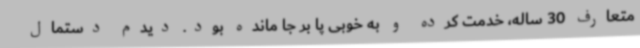
متعارف 30 ساله، خدمت کرده و به خوبی پا بر جا مانده بود. دیدم دستمال